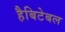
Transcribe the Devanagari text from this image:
हैबिटेबल